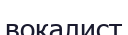
вокалист